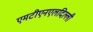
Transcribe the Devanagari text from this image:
एमटीएनएलदिल्ली